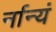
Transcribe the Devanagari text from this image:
र्नान्यं